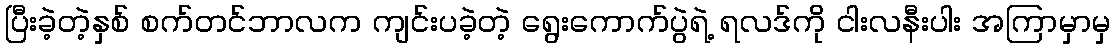
ပြီးခဲ့တဲ့နှစ် စက်တင်ဘာလက ကျင်းပခဲ့တဲ့ ရွေးကောက်ပွဲရဲ့ ရလဒ်ကို ငါးလနီးပါး အကြာမှာမှ